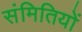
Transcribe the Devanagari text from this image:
संमितियों